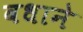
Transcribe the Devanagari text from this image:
वधाने